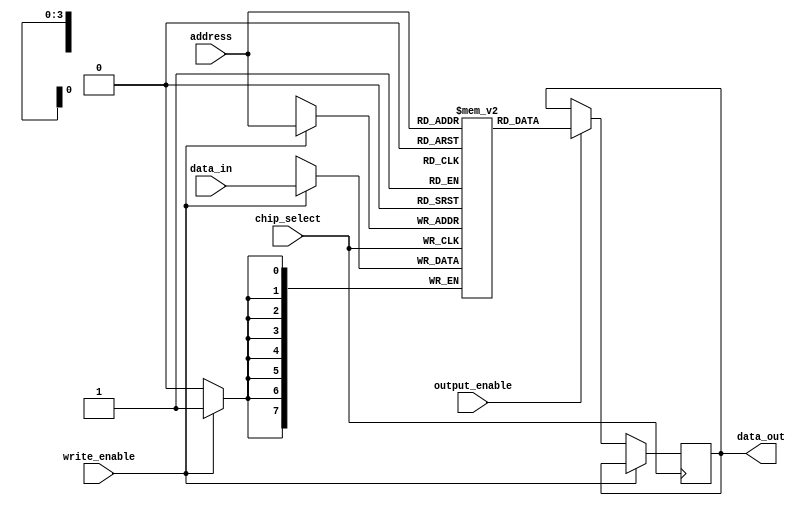
module sram (
    input wire [7:0] data_in,
    output reg [7:0] data_out,
    input wire [3:0] address,
    input wire chip_select,
    input wire write_enable,
    input wire output_enable
);

reg [7:0] memory [0:15];

always @(posedge chip_select) begin
    if (write_enable) begin
        memory[address] <= data_in;
    end else if (output_enable) begin
        data_out <= memory[address];
    end
end

endmodule